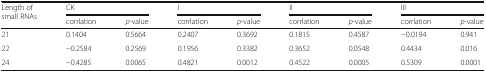
<table><thead><tr><td rowspan="2"><b>Length of small RNAs</b></td><td colspan="2"><b>CK</b></td><td colspan="2"><b>I</b></td><td colspan="2"><b>II</b></td><td colspan="2"><b>III</b></td></tr><tr><td><b>corrlation</b></td><td><b><i>p</i>-value</b></td><td><b>corrlation</b></td><td><b><i>p</i>-value</b></td><td><b>corrlation</b></td><td><b><i>p</i>-value</b></td><td><b>corrlation</b></td><td><b><i>p</i>-value</b></td></tr></thead><tbody><tr><td>21</td><td>0.1404</td><td>0.5664</td><td>0.2407</td><td>0.3692</td><td>0.1815</td><td>0.4587</td><td>−0.0194</td><td>0.941</td></tr><tr><td>22</td><td>−0.2584</td><td>0.2569</td><td>0.1956</td><td>0.3382</td><td>0.3652</td><td>0.0548</td><td>0.4434</td><td>0.016</td></tr><tr><td>24</td><td>−0.4285</td><td>0.0065</td><td>0.4821</td><td>0.0012</td><td>0.4522</td><td>0.0005</td><td>0.5309</td><td>0.0001</td></tr></tbody></table>